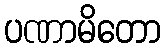
ပဏာမိတော